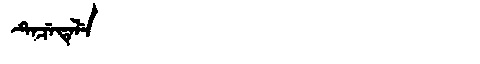
Manchu: ᡨᡝᠴᡝᡨᡝᠯᡝ
Romanization: TECETELE